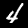
Label: 4